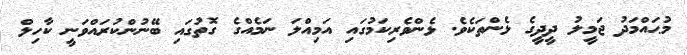
މުޙައްމަދު ޖަމީލު ދީދީގެ ޅެންތަކެވެ. ޅެންވެރިކަމުގައި އަމިއްލަ ނަމެއްގެ ގޮތުގައި ބޭނުންކުރައްވަނީ ކާހިލް